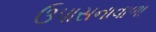
ઉપાસનાવાળા